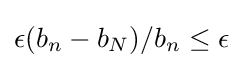
\epsilon (b_{n}-b_{N})/b_{n}\leq \epsilon